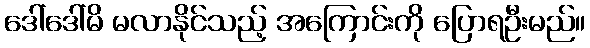
ဒေါ်ဒေါ်မိ မလာနိုင်သည့် အကြောင်းကို ပြောရဦးမည်။